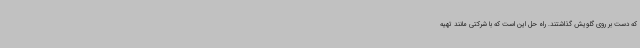
که دست بر روی گلویش گذاشتند. راه حل این است که با شرکتی مانند تهیه